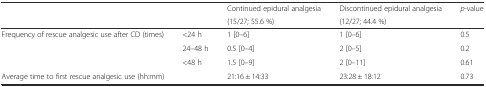
<table><thead><tr><td rowspan="2" colspan="2"></td><td><b>Continued epidural analgesia</b></td><td><b>Discontinued epidural analgesia</b></td><td><b><i>p</i>-value</b></td></tr><tr><td><b>(15/27; 55.6 %)</b></td><td><b>(12/27; 44.4 %)</b></td><td></td></tr></thead><tbody><tr><td rowspan="3">Frequency of rescue analgesic use after CD (times)</td><td>&lt;24 h</td><td>1 [0–6]</td><td>1 [0–6]</td><td>0.5</td></tr><tr><td>24–48 h</td><td>0.5 [0–4]</td><td>2 [0–5]</td><td>0.2</td></tr><tr><td>&lt;48 h</td><td>1.5 [0–9]</td><td>2 [0–11]</td><td>0.61</td></tr><tr><td colspan="2">Average time to first rescue analgesic use (hh:mm)</td><td>21:16 ± 14:33</td><td>23:28 ± 18:12</td><td>0.73</td></tr></tbody></table>